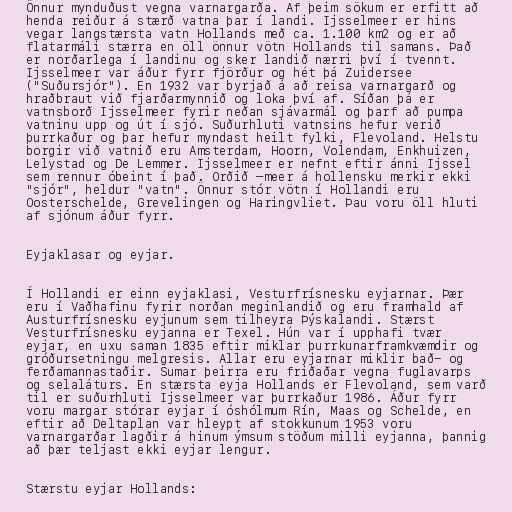
Önnur mynduðust vegna varnargarða. Af þeim sökum er erfitt að
henda reiður á stærð vatna þar í landi. Ijsselmeer er hins
vegar langstærsta vatn Hollands með ca. 1.100 km2 og er að
flatarmáli stærra en öll önnur vötn Hollands til samans. Það
er norðarlega í landinu og sker landið nærri því í tvennt.
Ijsselmeer var áður fyrr fjörður og hét þá Zuidersee
("Suðursjór"). En 1932 var byrjað á að reisa varnargarð og
hraðbraut við fjarðarmynnið og loka því af. Síðan þá er
vatnsborð Ijsselmeer fyrir neðan sjávarmál og þarf að pumpa
vatninu upp og út í sjó. Suðurhluti vatnsins hefur verið
þurrkaður og þar hefur myndast heilt fylki, Flevoland. Helstu
borgir við vatnið eru Amsterdam, Hoorn, Volendam, Enkhuizen,
Lelystad og De Lemmer. Ijsselmeer er nefnt eftir ánni Ijssel
sem rennur óbeint í það. Orðið –meer á hollensku merkir ekki
"sjór", heldur "vatn". Önnur stór vötn í Hollandi eru
Oosterschelde, Grevelingen og Haringvliet. Þau voru öll hluti
af sjónum áður fyrr.

Eyjaklasar og eyjar.

Í Hollandi er einn eyjaklasi, Vesturfrísnesku eyjarnar. Þær
eru í Vaðhafinu fyrir norðan meginlandið og eru framhald af
Austurfrísnesku eyjunum sem tilheyra Þýskalandi. Stærst
Vesturfrísnesku eyjanna er Texel. Hún var í upphafi tvær
eyjar, en uxu saman 1835 eftir miklar þurrkunarframkvæmdir og
gróðursetningu melgresis. Allar eru eyjarnar miklir bað- og
ferðamannastaðir. Sumar þeirra eru friðaðar vegna fuglavarps
og selaláturs. En stærsta eyja Hollands er Flevoland, sem varð
til er suðurhluti Ijsselmeer var þurrkaður 1986. Áður fyrr
voru margar stórar eyjar í óshólmum Rín, Maas og Schelde, en
eftir að Deltaplan var hleypt af stokkunum 1953 voru
varnargarðar lagðir á hinum ýmsum stöðum milli eyjanna, þannig
að þær teljast ekki eyjar lengur.

Stærstu eyjar Hollands: